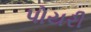
પોયરી